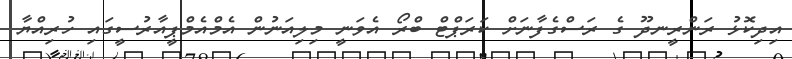
އިދިކޮޅު ރަންރީނދޫ ގެ ރަސްގެފާނަށް ކަރަޕްޓް ބްރޯ އެވަނީ މިލިއަނުން އެމްއެމްޕީއާރުސީގައި ހުރިއްޔާ